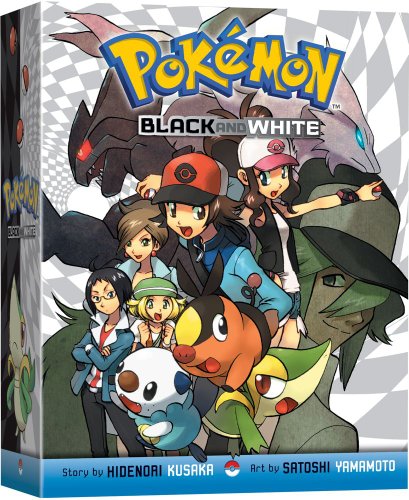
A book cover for Pokemon Black and White Box Set; Hidenori Kusaka; Children's Books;